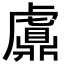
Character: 𧈂